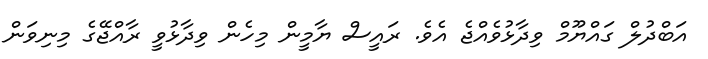
އަބްދުލް ގައްޔޫމް ވިދާޅުވެއްޖެ އެވެ. ރައީސް ޔާމީން މިހެން ވިދާޅުވީ ރާއްޖޭގެ މިނިވަން